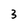
Character: 3